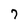
Character: 7